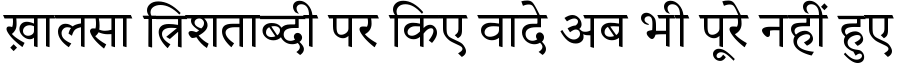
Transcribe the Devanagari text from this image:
ख़ालसा त्रिशताब्दी पर किए वादे अब भी पूरे नहीं हुए